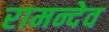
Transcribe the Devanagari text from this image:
रामन्देव